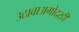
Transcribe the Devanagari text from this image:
उठावाअगोदरही